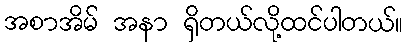
အစာအိမ် အနာ ရှိတယ်လို့ထင်ပါတယ်။